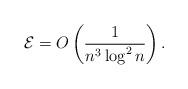
LaTeX: \begin{gather*}\mathcal{E} = O\left(\frac{1}{n^{3}\log^2 n}\right).\end{gather*}